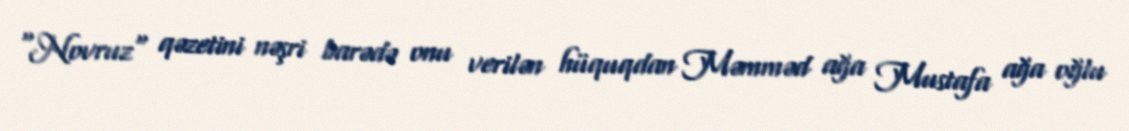
"Novruz" qəzetini nəşri barədə onu verilən hüquqdan Məmməd ağa Mustafa ağa oğlu